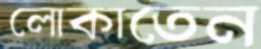
লোকাতেন